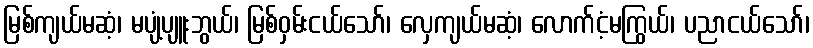
မြစ်ကျယ်မဆံ့၊ မပျံ့ပျူးဘွယ်၊ မြစ်ဝှမ်းငယ်သော်၊ လှေကျယ်မဆံ့၊ လောက်ငံ့မကြွယ်၊ ပညာငယ်သော်၊